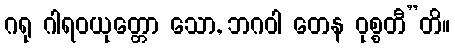
ဂရု ဂါရဝယုတ္တော သော, ဘဂဝါ တေန ဝုစ္စတီ”တိ။